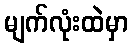
မျက်လုံးထဲမှာ